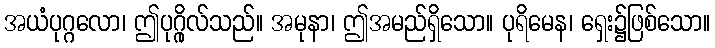
အယံပုဂ္ဂလော၊ ဤပုဂ္ဂိုလ်သည်။ အမုနာ၊ ဤအမည်ရှိသော။ ပုရိမေန၊ ရှေး၌ဖြစ်သော။